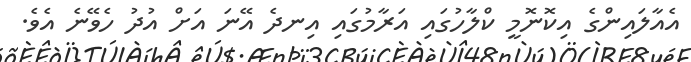
އެއާލައިންގެ އިކޮނޮމީ ކްލާހުގައި އަރާމުގައި އިނދެ އޭނަ އަށް އުދު ހެވޭނެ އެވެ.